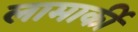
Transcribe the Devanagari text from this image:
लामार्की